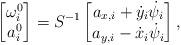
LaTeX: \begin{align*} \begin{bmatrix} \omega_i^0 \\ a_{i}^0 \end{bmatrix} = S^{-1}\begin{bmatrix} a_{x,i} + \dot{y}_i\dot{\psi}_i \\ a_{y,i}-\dot{x}_i\dot{\psi}_i \end{bmatrix},\end{align*}